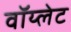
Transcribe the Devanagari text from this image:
वॉय्लेट